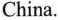
China.